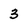
Character: 3